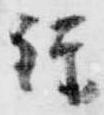
経